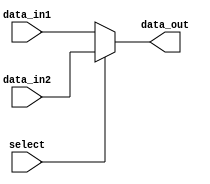
module multiplexer (
    input wire [3:0] data_in1,
    input wire [3:0] data_in2,
    input wire select,
    output reg [3:0] data_out
);

always @(select) begin
    if(select == 0) begin
        data_out <= data_in1;
    end else begin
        data_out <= data_in2;
    end
end

endmodule